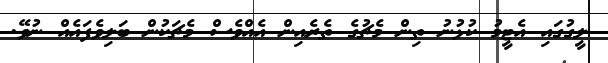
ލީގުގައި އެޓީމު ކުޅުނު ތިން މެޗުގެ ތެރެއިން އެއްވެސް މެޗަކުން ބަލިވެފައެއް ނުވޭ.